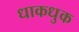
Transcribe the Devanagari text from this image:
धाकधुक